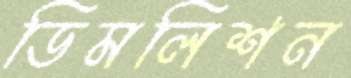
ডিমলিশন